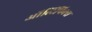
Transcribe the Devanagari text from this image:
ऑलिंपिक्स